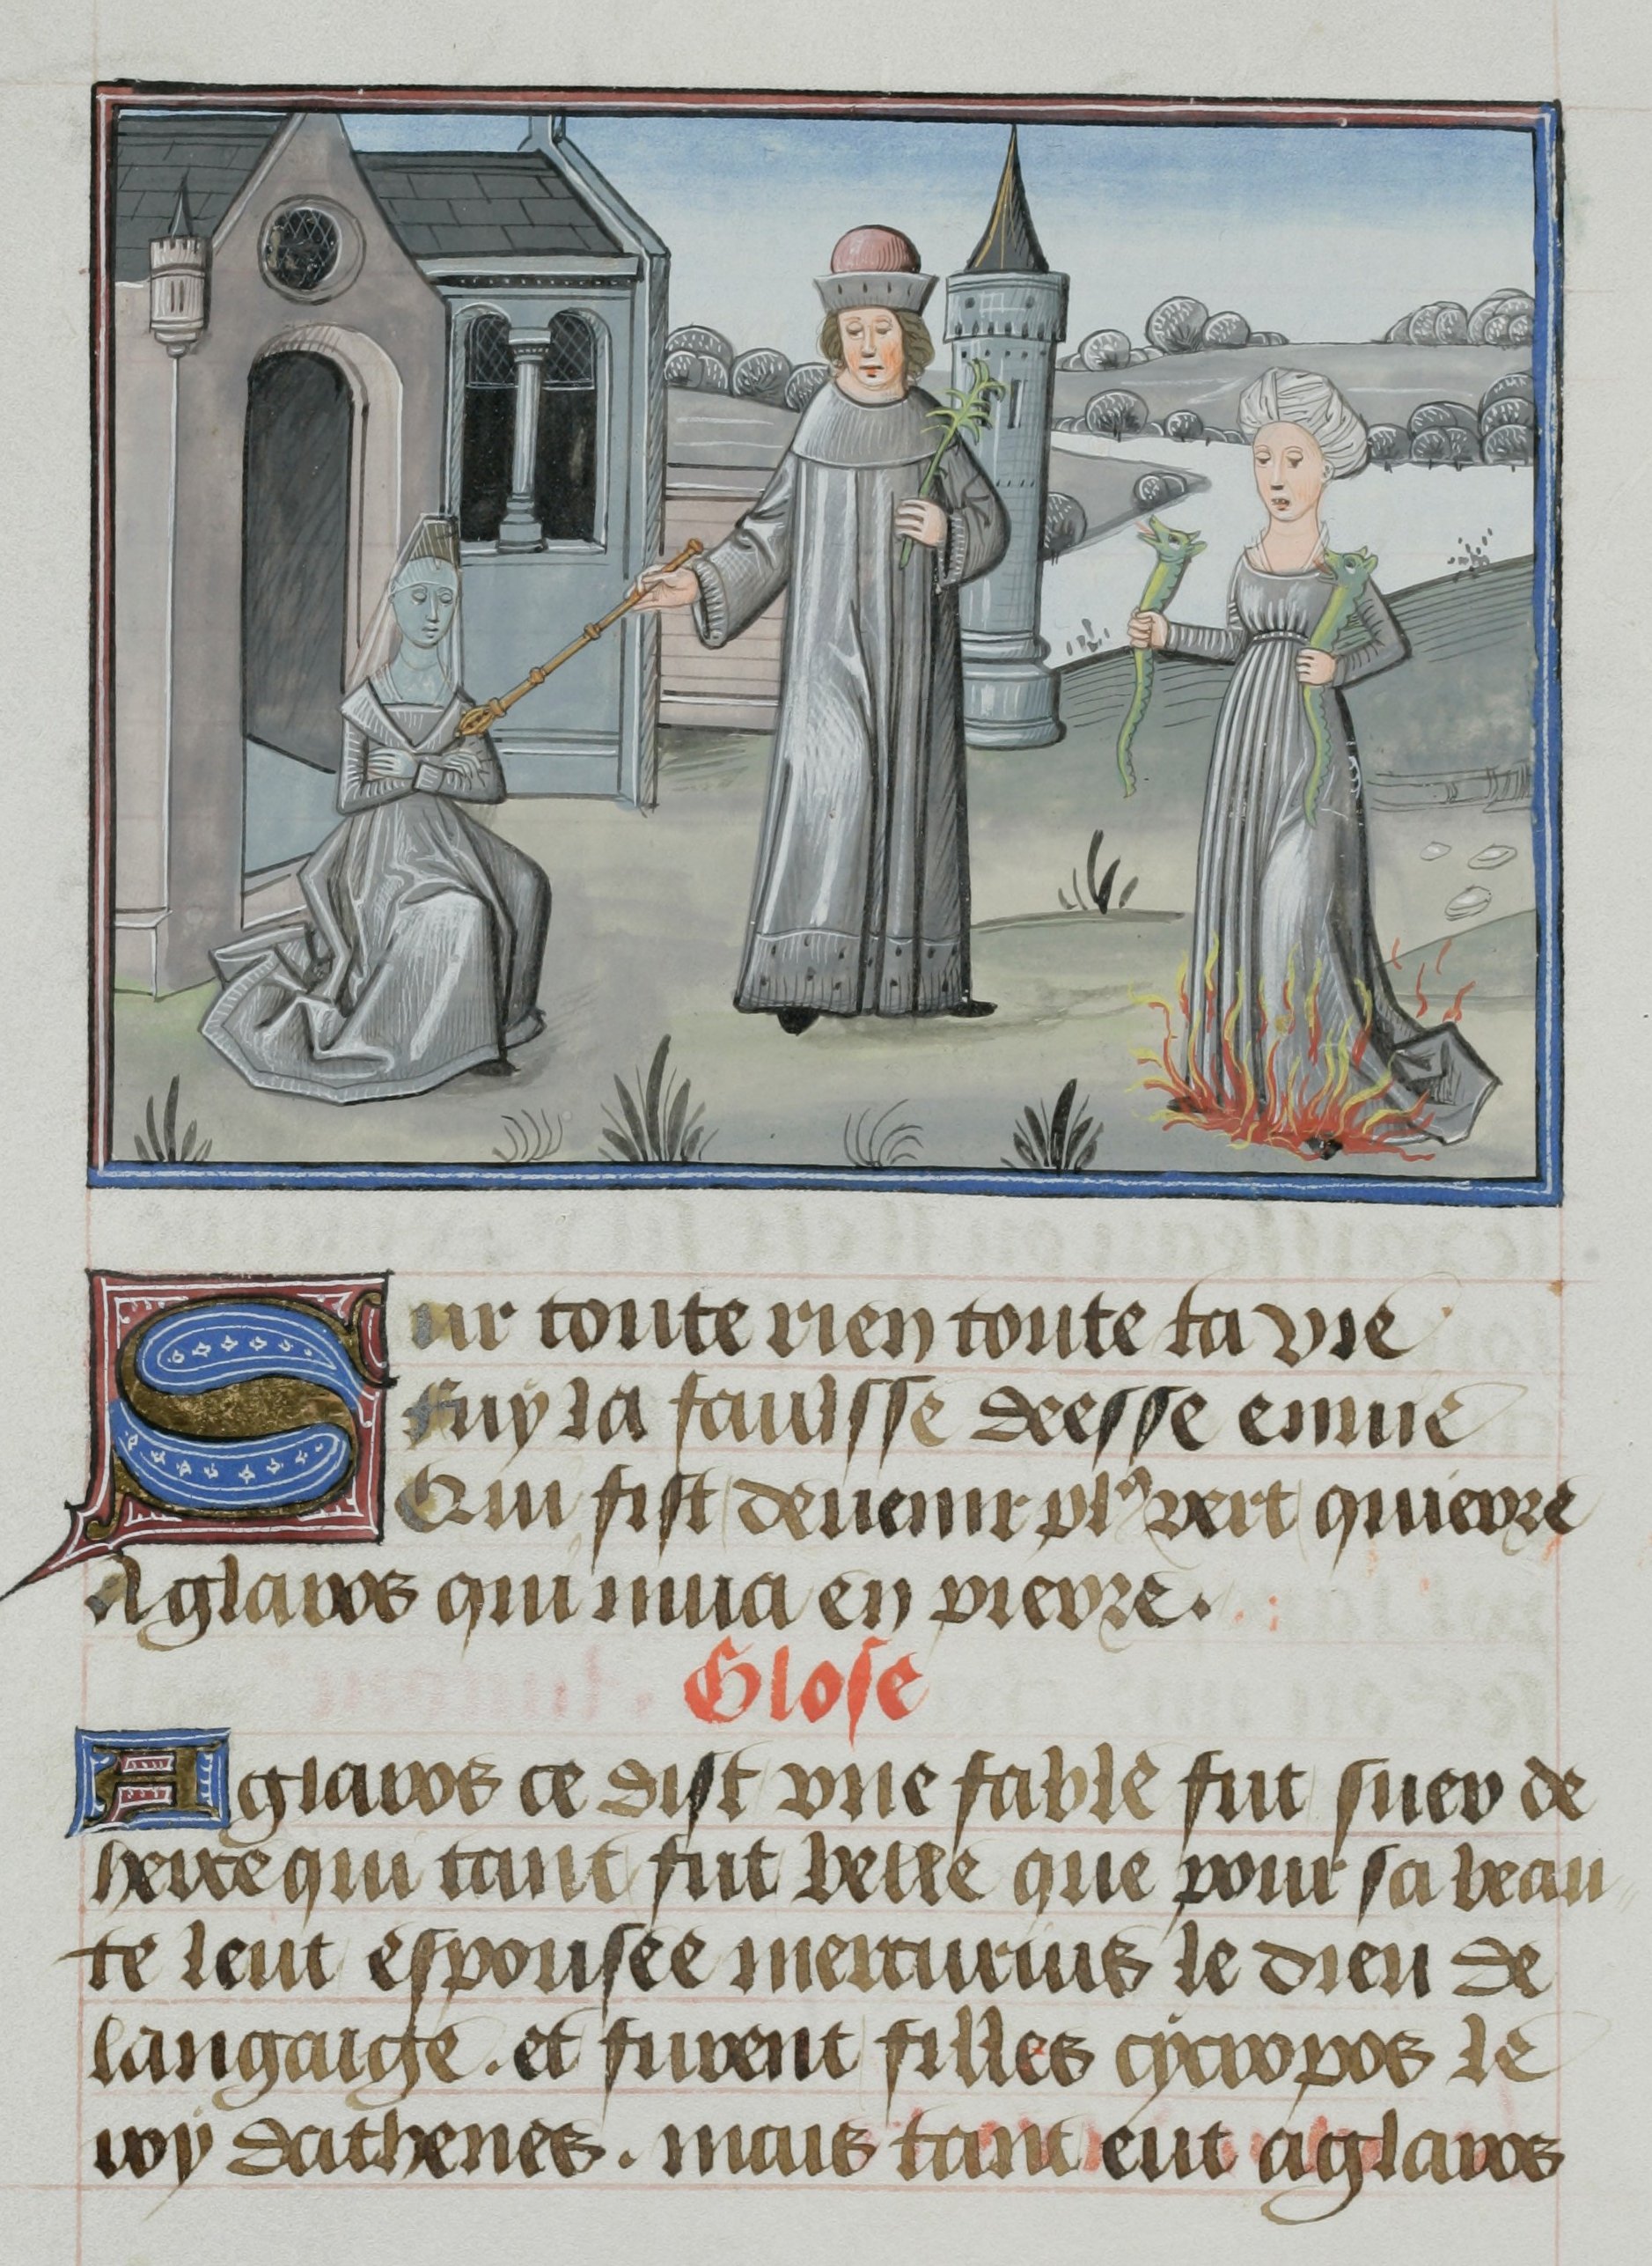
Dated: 1455–1465